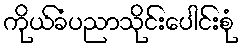
ကိုယ်ခံပညာသိုင်းပေါင်းစုံ